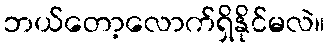
ဘယ်တော့လောက်ရှိနိုင်မလဲ။